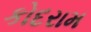
કોદરામ